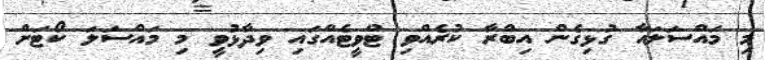
މި މައްސަލައާ ގުޅިގެން އިބްރާ ކުރެއްވި ޓްވީޓެއްގައި ވިދާޅުވީ މި މައްސަލަ ކޯޓަށް